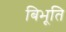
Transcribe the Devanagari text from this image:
बिभूति